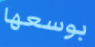
بوسعها